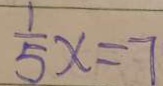
\frac { 1 } { 5 } x = 7